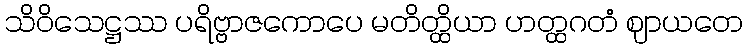
သိဝိသေဋ္ဌဿ ပရိဗ္ဗာဇကောပေ မတိတ္ထိယာ ဟတ္ထဂတံ ဈာယတေ